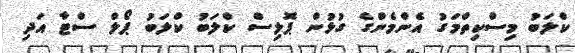
ކްލަބު މިސްކިތްމަގު އެންމެންގެ ގުޅުން ޕޮލިސް ކްލަބު ކްލަބު ޕޯލް ސްޓާ އަދި